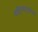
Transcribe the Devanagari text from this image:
साहित्यानुरागियों